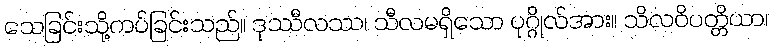
သေခြင်းသို့ကပ်ခြင်းသည်။ ဒုဿီလဿ၊ သီလမရှိသော ပုဂ္ဂိုလ်အား။ သိလဝိပတ္တိယာ၊